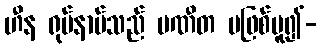
ဟီန ရုပ်နာမ်သည် ပဏီတ မဖြစ်မူ၍-